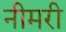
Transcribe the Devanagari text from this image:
नीमरी